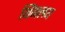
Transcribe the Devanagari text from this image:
थिंगलय